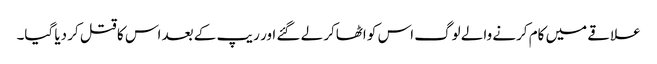
علاقے میں کام کرنے والے لوگ اس کو اٹھاکر لے گئے اور ریپ کے بعد اس کا قتل کر دیا گیا۔